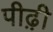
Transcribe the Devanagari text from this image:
पीढ़़ी